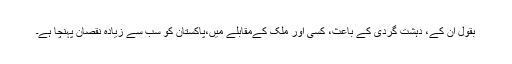
بقول اُن کے، دہشت گردی کے باعث، کسی اور ملک کےمقابلے میں،پاکستان کو سب سے زیادہ نقصان پہنچا ہے۔